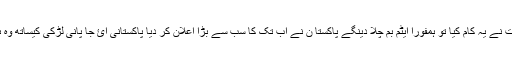
اگر بھارت نے یہ کام کیا تو ہمفوراً ایٹم بم چلا دینگے پاکستا ن نے اب تک کا سب سے بڑا اعلان کر دیا پاکستانی آئ جا پانی لڑکی کیساتھ وہ ہو گیا کہ۔